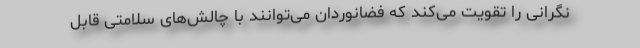
نگرانی را تقویت می‌کند که فضانوردان می‌توانند با چالش‌های سلامتی قابل